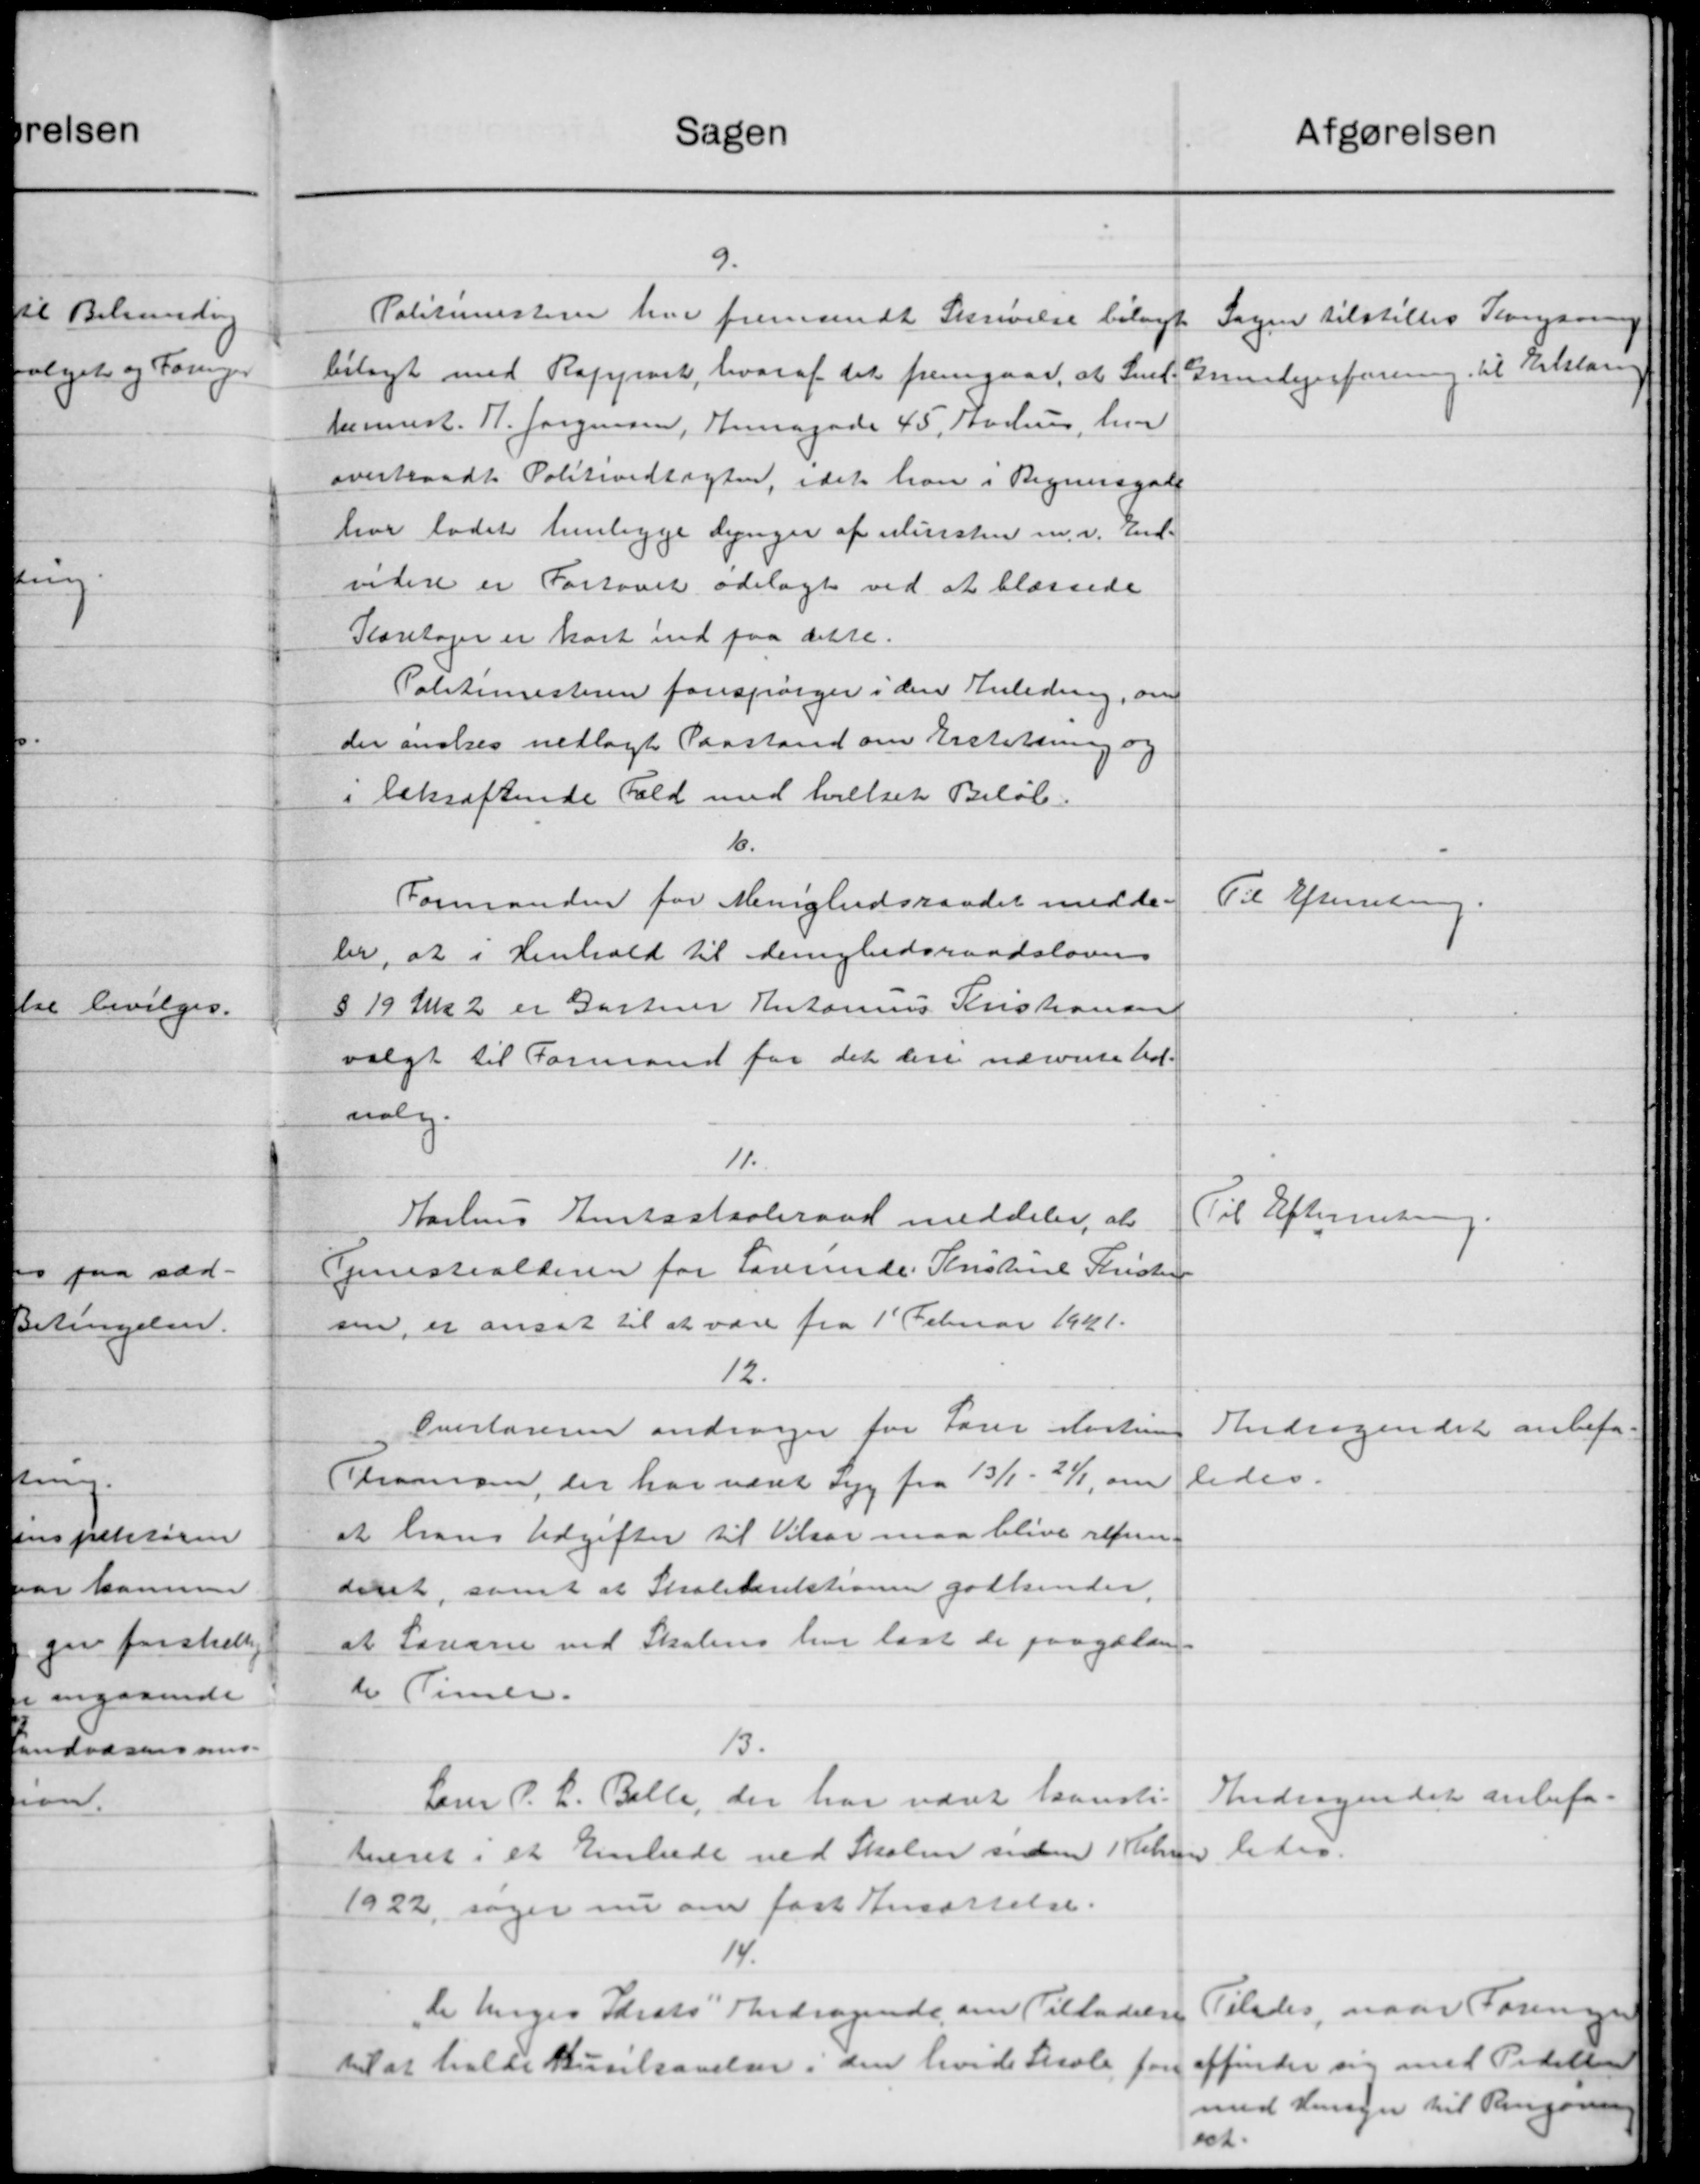
Transskription:
5280
9.
Politimesteren har fremsendt Skrivelse bilagt
bilagt med Rafyrost, hvoraf det fremgaar, at Sned-
henst. N. Jørgensen, Hensgade 45, Tovehuus, hvor
overtraadt Politivedtægten, idet han i Regunsgade
har ladet henligge Lynger af Ministen m. v. End-
videre er Fortovet ødelagt ved at blassede
Koretager er kort ind paa dette.
Politimesteren forespørger i den Anledning, om
der ønskes nedlagt Paastand om Erstatning og
i bekræftende Fald med hvilket Beløb.
16.
Formanden for Menighedsraadet medde
ler, at i Henhold til denighedsraadslovens
§ 19 Ma 2 er Gartner Antarius Kristiansen
valgt til Formand for det dere nævnte Ud-
valg.
11.
Harlens Amtsskaberaad meddeler, at
Tjenestealderen for Lærerinde Kristine Kristen
sen, er ansat til at være fra 1' Februar 1921.
12.
Overlæreren andrager for Fører Martine
Transen, der har været syg fra 13/1 - 21/1, om
at hans Udgifter til Vielser maa blive refun-
deret, samt at Skoledirektionen godkender.
at Lærerne ved Skolens har lagt de paagælden
ti Timer.
13.
Lærer P. L. Belle, der har været Laansti-
tveret i et Embede ved Skolen siden 1 Februn
1922, søger nu om fast Ansættelse.
14.
de Unges Adrats Andragende om Tilladelse
til at holde Hustravelser, den levede Skole for